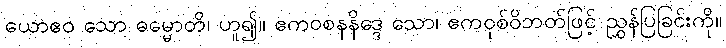
ယောဧဝ သော ဓမ္မောတိ၊ ဟူ၍။ ဧကဝစနနိဒ္ဒေ သော၊ ဧကဝုစ်ဝိဘတ်ဖြင့် ညွှန်ပြခြင်းကို။